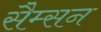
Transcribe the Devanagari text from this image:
सैम्सन